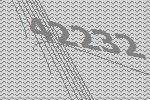
42232